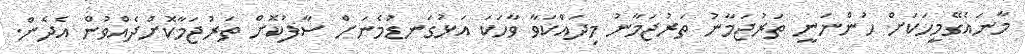
މާނައެގޭމީހަކަށް ހުންނަނީ ތަރުޖަމާނު ތަރުޖަމާނު މިދައްކަވާ ވާހަކަ އަޅުގަނޑުމެނަށް ސާފުކޮށް ތަރުޖަމާކޮށްދެއްވުން އެދެން.